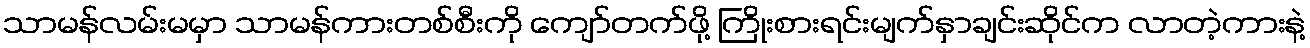
သာမန်လမ်းမမှာ သာမန်ကားတစ်စီးကို ကျော်တက်ဖို့ ကြိုးစားရင်းမျက်နှာချင်းဆိုင်က လာတဲ့ကားနဲ့